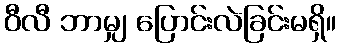
ဝီလီ ဘာမျှ ပြောင်းလဲခြင်းမရှိ။